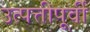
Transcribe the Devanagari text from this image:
उत्पत्तीपूर्वी